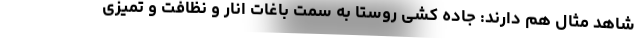
شاهد مثال هم دارند: جاده کشی روستا به سمت باغات انار و نظافت و تمیزی